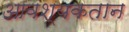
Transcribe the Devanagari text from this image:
आवश्यकतान